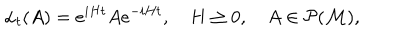
\alpha _ { t } ( A ) = e ^ { i H t } A e ^ { - i H t } , \quad H \geq 0 , \quad A \in \mathcal { P ( M ) } ,